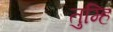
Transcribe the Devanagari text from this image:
तुम्हि